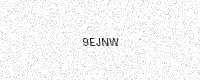
Text: 9EJNW